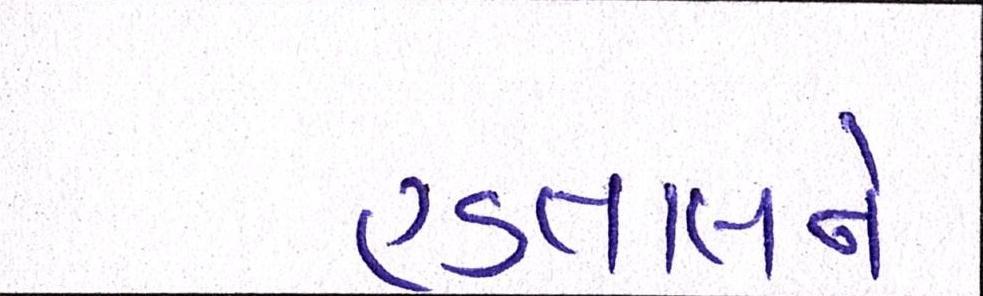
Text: હડતાલને